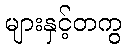
များနှင့်တကွ